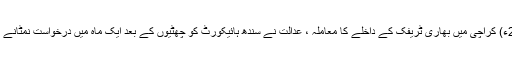
22 جون2018ء) کراچی میں بھاری ٹریفک کے داخلے کا معاملہ ، عدالت نے سندھ ہائیکورٹ کو چھٹیوں کے بعد ایک ماہ میں درخواست نمٹانے کا حکم دے دیا۔